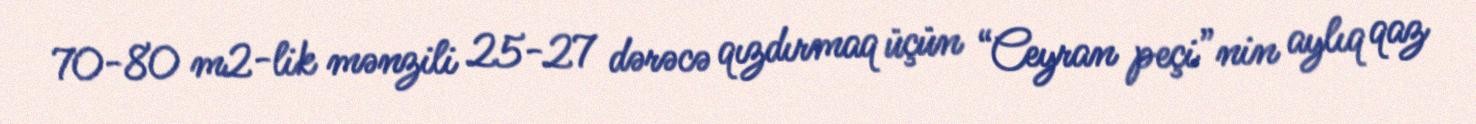
70-80 m2-lik mənzili 25-27 dərəcə qızdırmaq üçün “Ceyran peçi”nin aylıq qaz